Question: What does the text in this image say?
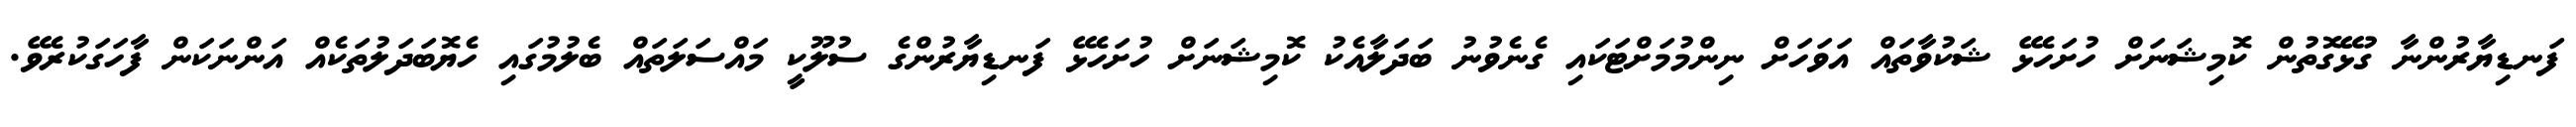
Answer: ފަނޑިޔާރުންނާ ގުޅޭގޮތުން ކޮމިޝަނަށް ހުށަހެޅޭ ޝަކުވާތައް އަވަހަށް ނިންމުމަށްޓަކައި ގެނެވުނު ބަދަލާއެކު ކޮމިޝަނަށް ހުށަހެޅޭ ފަނޑިޔާރުންގެ ސުލޫކީ މައްސަލަތައް ބެލުމުގައި ހެޔޮބަދަލުތަކެއް އަންނަކަން ފާހަގަކުރެވޭ.